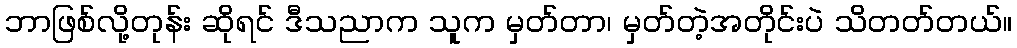
ဘာဖြစ်လို့တုန်း ဆိုရင် ဒီသညာက သူက မှတ်တာ၊ မှတ်တဲ့အတိုင်းပဲ သိတတ်တယ်။